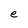
Character: e